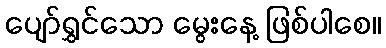
ပျော်ရွှင်သော မွေးနေ့ ဖြစ်ပါစေ။